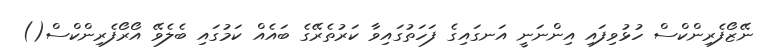
ނޭޒޯފެރިންކްސް ހުޅުވިފައި އިންނަނީ އަނގައިގެ ފަހަތުގައިވާ ކަރުތެރޭގެ ބައެއް ކަމުގައި ބެލެވޭ އޯރޯފެރިންކްސް()